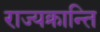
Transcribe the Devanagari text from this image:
राज्यक्रान्ति